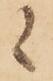
候